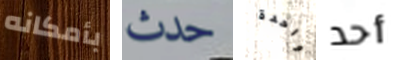
بأمكانه حدث واحدة أحد